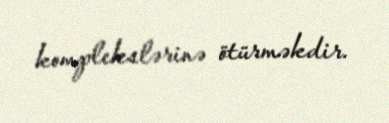
komplekslərinə ötürməkdir.